Code of medical and sanitary regulations for the guidance of medical officers serving in the Madras Presidency - Volume II
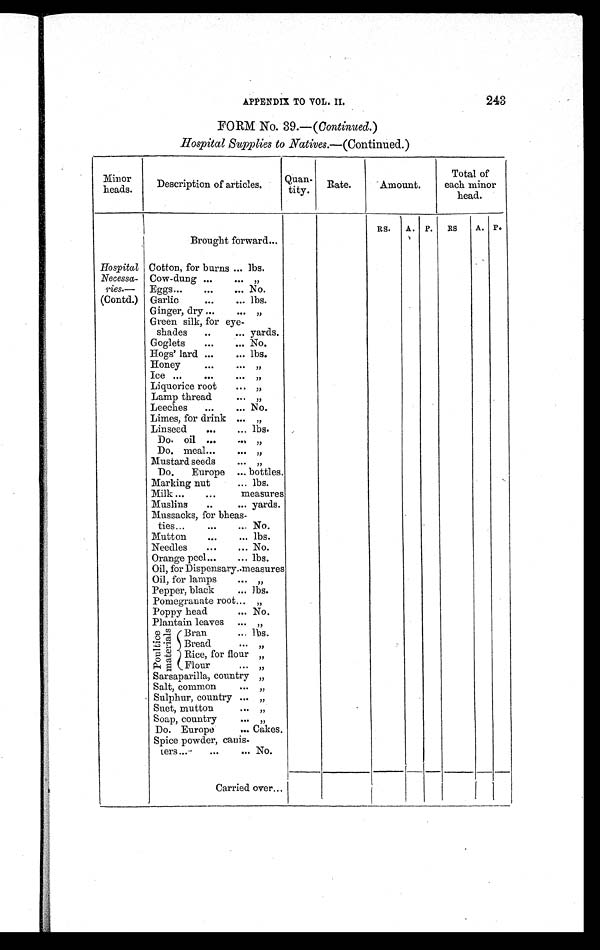
APPENDIX TO VOL. II. 243
FORM No. 39.—( Continued. )
Hospital Supplies to Natives. —(Continued.)
Minor
heads.
Description of articles.
Quan-
tity.
Rate.
Amount.
Total of
each minor
head.
Brought forward ...
RS.
A. P.
RS
A. P.
Hospital
Necessa-
ries.—
(Contd.)
Cotton, for burns ... lbs.
Cow-dung ...
. . .
„
Eggs ...
...
... No.
Garlic
...
... lbs.
Ginger, dry ...
. . .
„
Green silk, for eye-
shades
..
... yards.
Goglets
...
... No.
Hogs' lard ...
... lbs.
Honey
...
. . .
„
Ice ...
...
. . .
„
Liquorice root
...
„
Lamp thread
. . .
„
Leeches
...
... No.
Limes, for drink ... „
Linseed
...
... lbs.
Do. oil ...
...
„
Do. meal ...
. . .
„
Mustard seeds
. . .
„
Do. Europe ... bottles.
Marking nut
... lbs.
Milk ...
...
measures
Muslins
..
... yards.
Mussacks, for bheas-
ties ...
...
... No.
Mutton
...
... lbs.
Needles
...
... No.
Orange peel ...
... lbs.
Oil, for Dispensary . .
measures
Oil, for lamps
. . .
„
Pepper, black
... lbs.
Pomegranate root . . . „
Poppy head
... No.
Plantain leaves ... „
P o u l t i c e
m a t e r i a l s Bran
... lbs.
Bread
. . .
„
Rice, for flour
„
Flour
. . .
„
Sarsaparilla, country „
Salt, common
. . .
„
Sulphur, country ... „
Suet, mutton
. . .
„
Soap, country
. . . „
Do. Europe
. . . Cakes.
Spice powder, canis-
ters ...
...
... No.
Carried over...